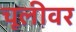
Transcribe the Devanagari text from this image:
चूलीवर